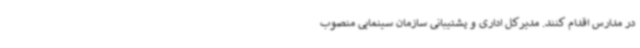
در مدارس اقدام کنند. مدیرکل اداری و پشتیبانی سازمان سینمایی منصوب